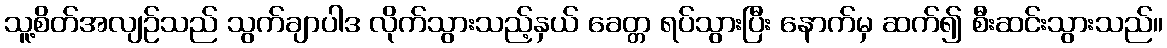
သူ့စိတ်အလျဉ်သည် သွက်ချာပါဒ လိုက်သွားသည့်နှယ် ခေတ္တ ရပ်သွားပြီး နောက်မှ ဆက်၍ စီးဆင်းသွားသည်။